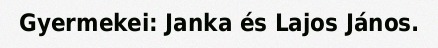
Gyermekei: Janka és Lajos János.